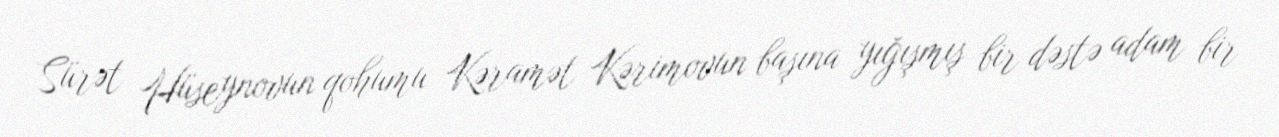
Sürət Hüseynovun qohumu Kəramət Kərimovun başına yığışmış bir dəstə adam bir